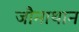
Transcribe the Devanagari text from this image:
जौनाथान